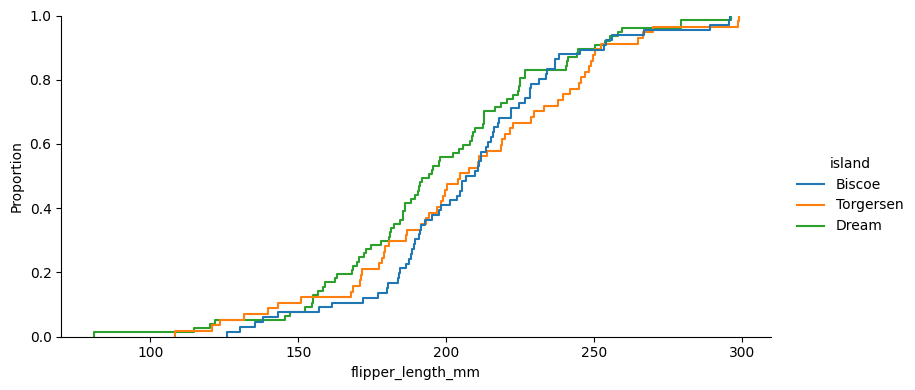
python, seaborn, displot, kind='ecdf', column='flipper_length_mm', hue='island', height=4, aspect=2.0